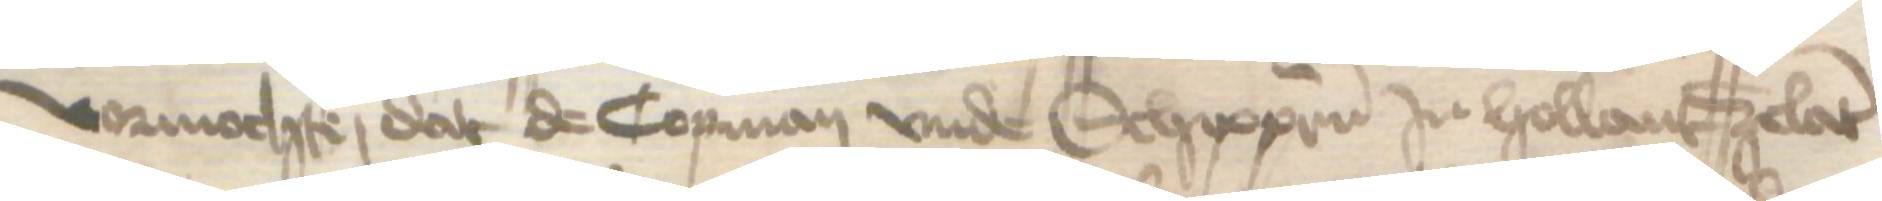
vormochte, dat de Copman vnde Schippern in Hollant Zelant